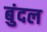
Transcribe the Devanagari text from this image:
बुंदल